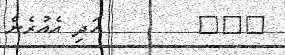
١٠٥        އަދި އެއުރެން